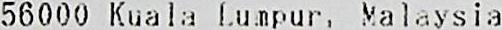
56000 KUALA LUMPUR, MALAYSIA